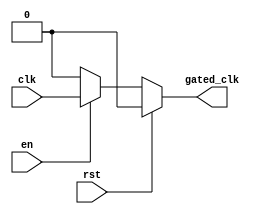
module clock_gating_buffer (
    input wire clk,        // Primary clock signal
    input wire en,         // Enable signal for clock gating
    input wire rst,        // Asynchronous reset signal
    output reg gated_clk   // Gated clock output
);

// Asynchronous reset and clock gating logic
always @(*) begin
    if (rst) begin
        gated_clk = 1'b0; // When reset is high, output clock is low
    end else if (en) begin
        gated_clk = clk;  // When enable is high, output follows the input clock
    end else begin
        gated_clk = 1'b0; // When enable is low, output clock is held low
    end
end

endmodule